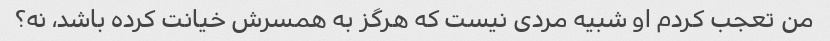
من تعجب کردم او شبیه مردی نیست که هرگز به همسرش خیانت کرده باشد، نه؟